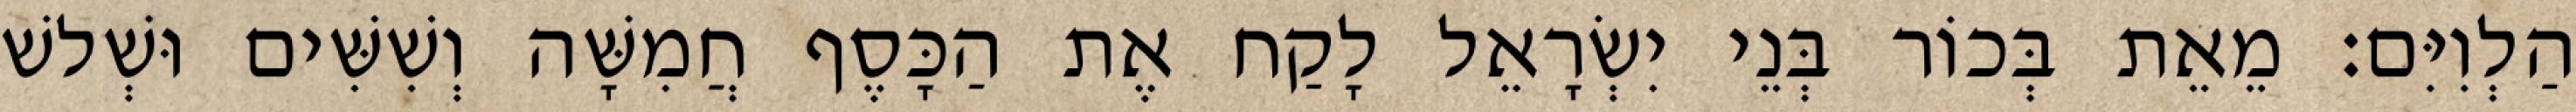
הַלְוִיִּם׃ מֵאֵת בְּכוֹר בְּנֵי יִשְׂרָאֵל לָקַח אֶת הַכָּסֶף חֲמִשָּׁה וְשִׁשִּׁים וּשְׁלשׁ